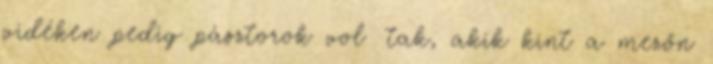
vidéken pedig pásztorok vol− tak, akik kint a mezőn